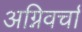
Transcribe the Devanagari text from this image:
अग्निवर्चा